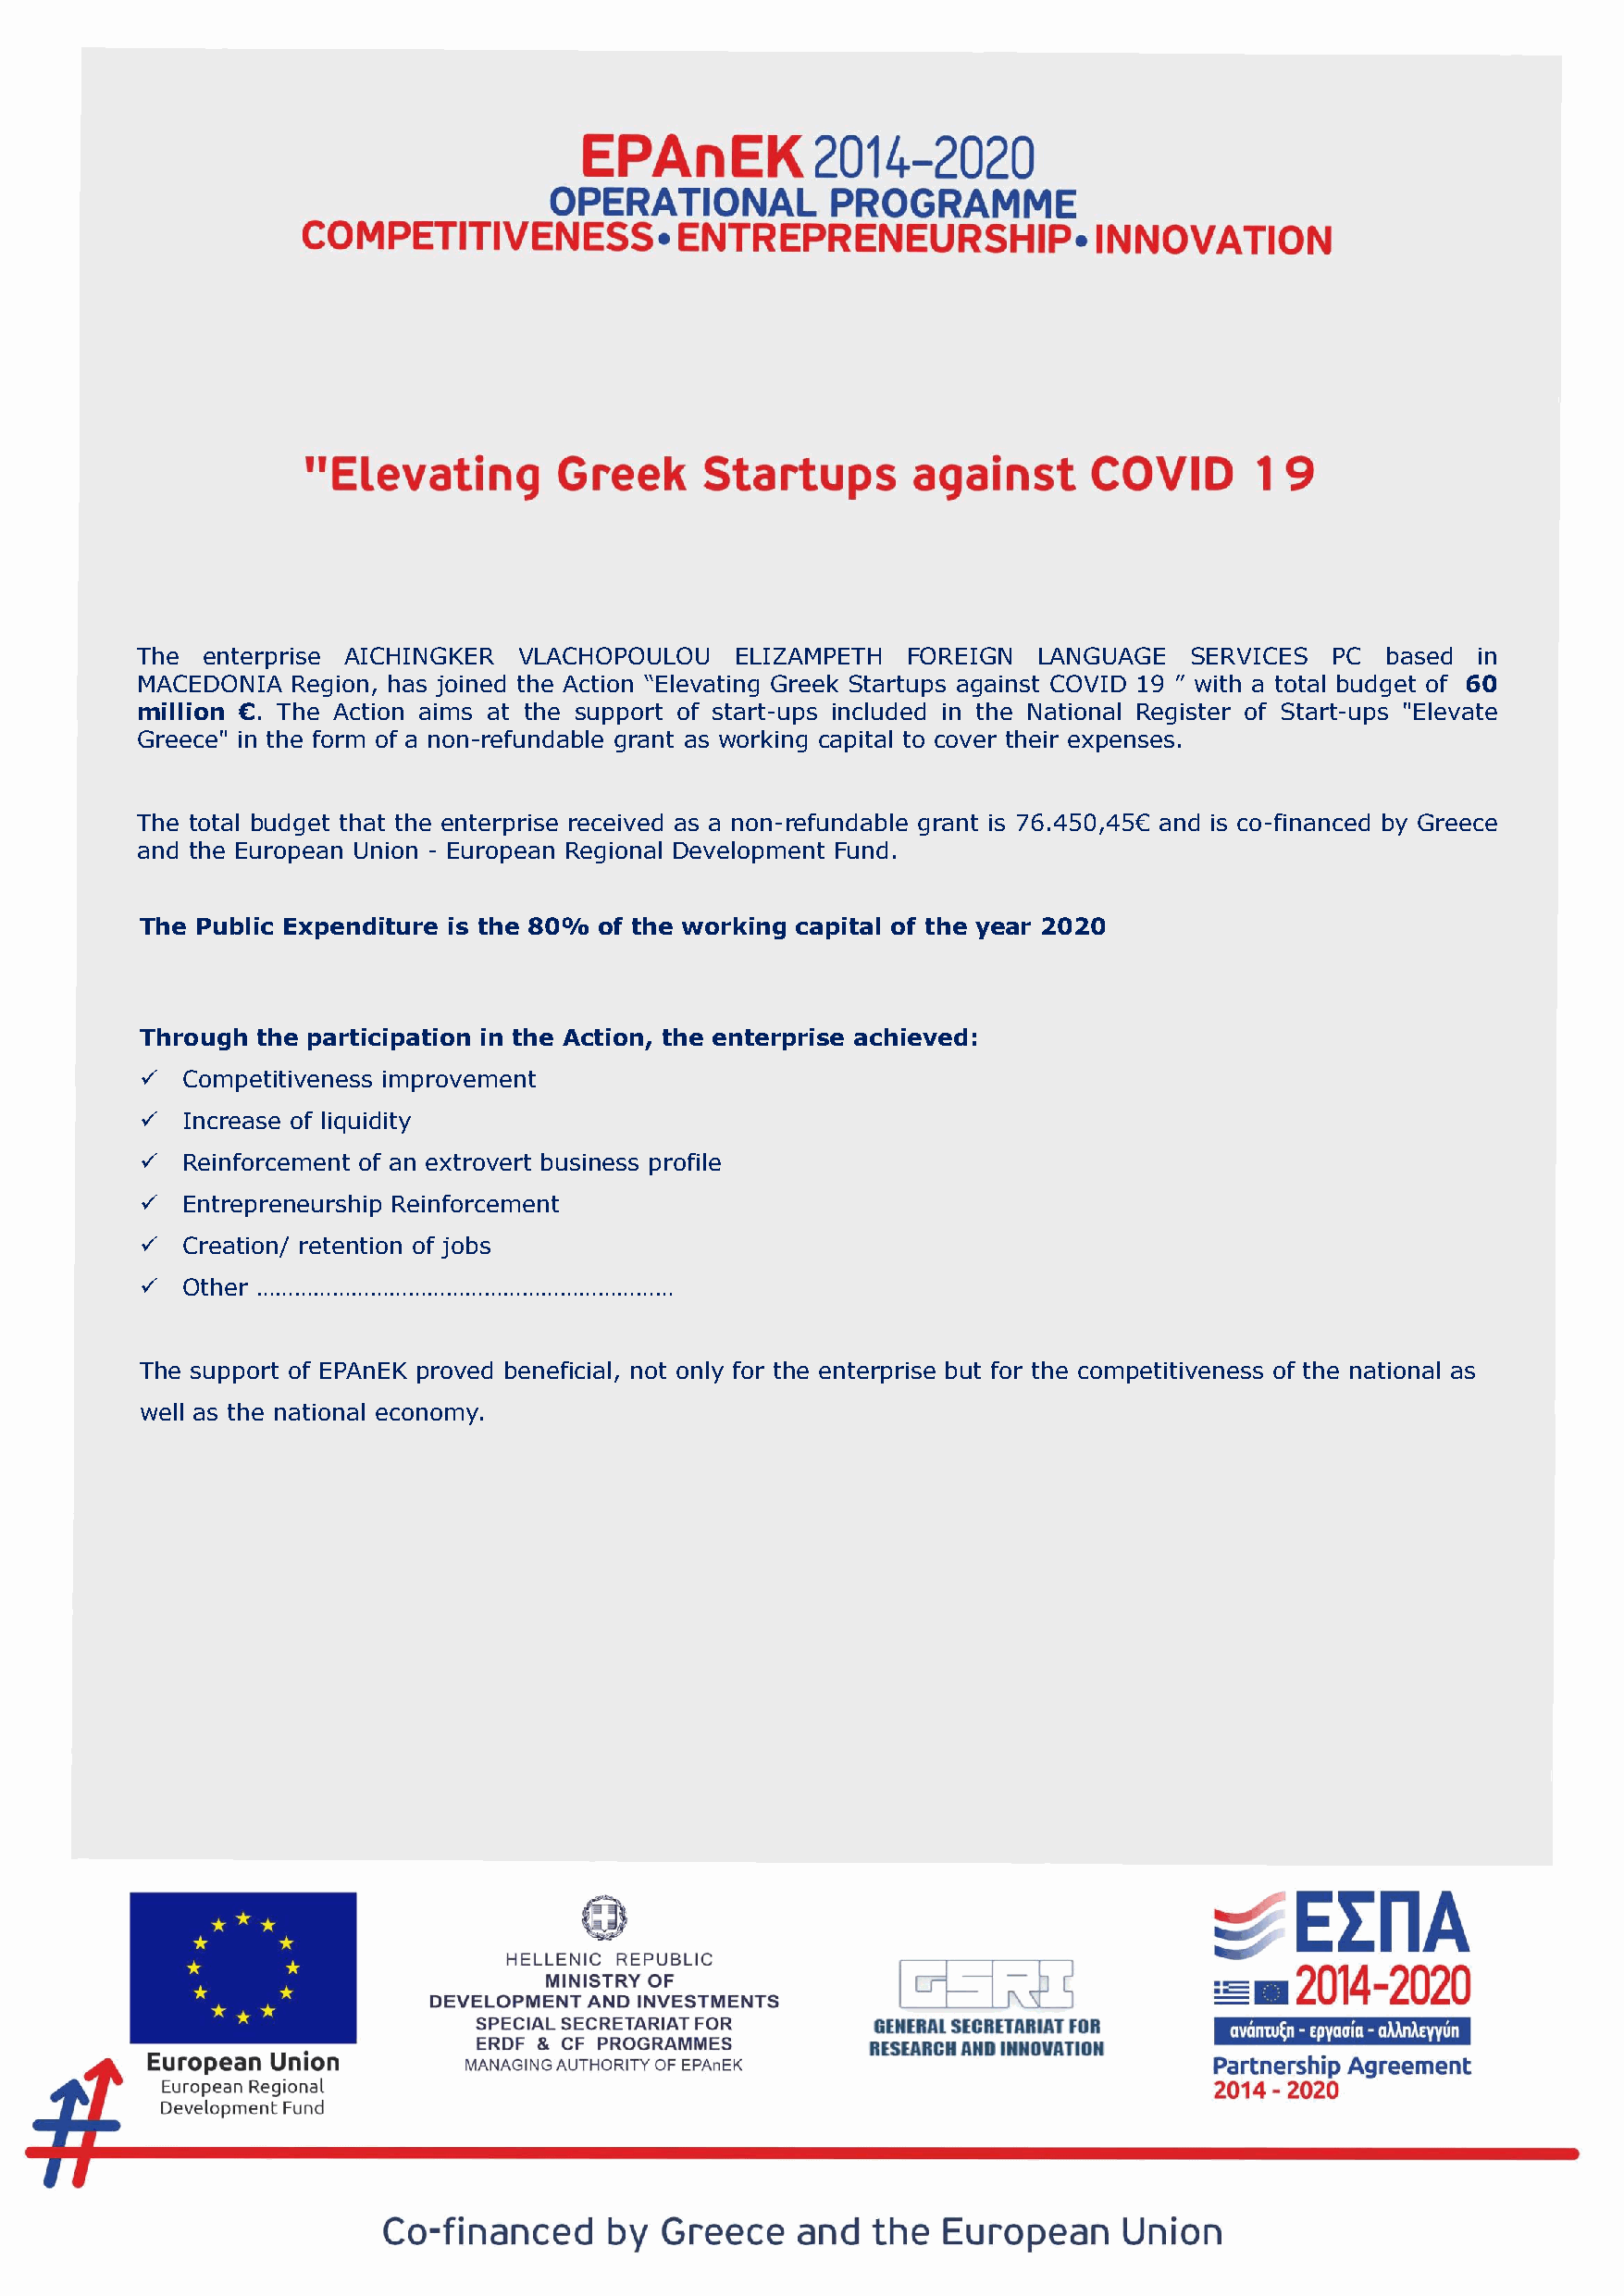
The  enterprise AICHINGKER VLACHOPOULOU    ELIZAMPETH  FOREIGN  LANGUAGE   SERVICES  PC  based  in
 MACEDONIA  Region, has joined the Action “Elevating Greek Startups against COVID 19 ” with a total budget of 60
 million €. The Action aims at the support of start-ups included in the National Register of Start-ups "Elevate
 Greece" in the form of a non-refundable grant as working capital to cover their expenses.
 The total budget that the enterprise received as a non-refundable grant is 76.450,45€ and is co-financed by Greece
 and the European Union - European Regional Development Fund.
 The Public Expenditure is the 80% of the working capital of the year 2020
 Through the participation in the Action, the enterprise achieved:
 ✓  Competitiveness improvement
 ✓  Increase of liquidity
 ✓  Reinforcement of an extrovert business profile
 ✓  Entrepreneurship Reinforcement
 ✓  Creation/ retention of jobs
 ✓  Other …………………………………………………………
 The support of EPAnEK proved beneficial, not only for the enterprise but for the competitiveness of the national as
 well as the national economy.